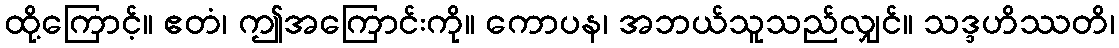
ထို့ကြောင့်။ ဧတံ၊ ဤအကြောင်းကို။ ကောပန၊ အဘယ်သူသည်လျှင်။ သဒ္ဒဟိဿတိ၊